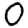
Digit: 0